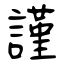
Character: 謹